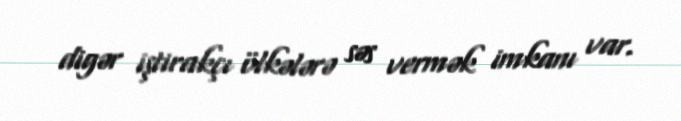
digər iştirakçı ölkələrə səs vermək imkanı var.